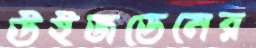
উইজডেনের